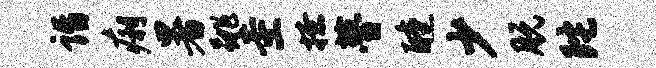
诣痢暑跳圭撩瞢醺少脱陀